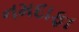
નમદાફા